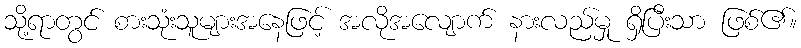
သို့ရာတွင် စားသုံးသူများအနေဖြင့် အလိုအလျောက် နားလည်မှု ရှိပြီးသာ ဖြစ်၏။